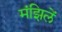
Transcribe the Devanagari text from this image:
मंझिलें